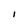
Character: I